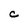
Character: C